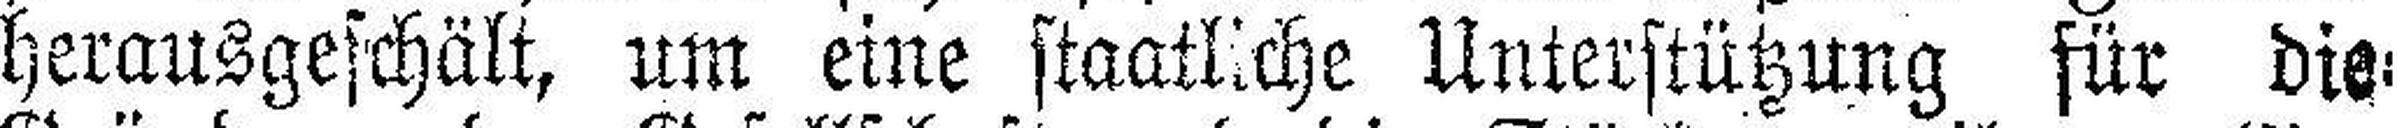
herausgeschält, um eine staatliche Unterstützung für die